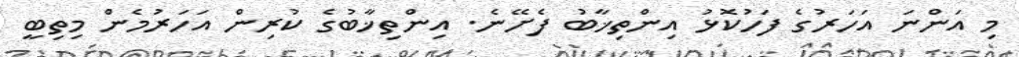
މި އަންނަ އަހަރުގެ ފަހުކޮޅު އިންތިޚާބު ފެށޭނެ. އިންތިޚާބުގެ ކުރިން އަހަރުމެން މިތިބީ